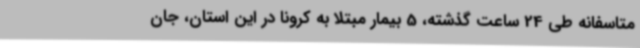
متاسفانه طی 24 ساعت گذشته، 5 بیمار مبتلا به کرونا در این استان، جان